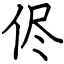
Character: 侭